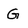
Character: G